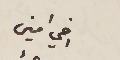
اخي امين